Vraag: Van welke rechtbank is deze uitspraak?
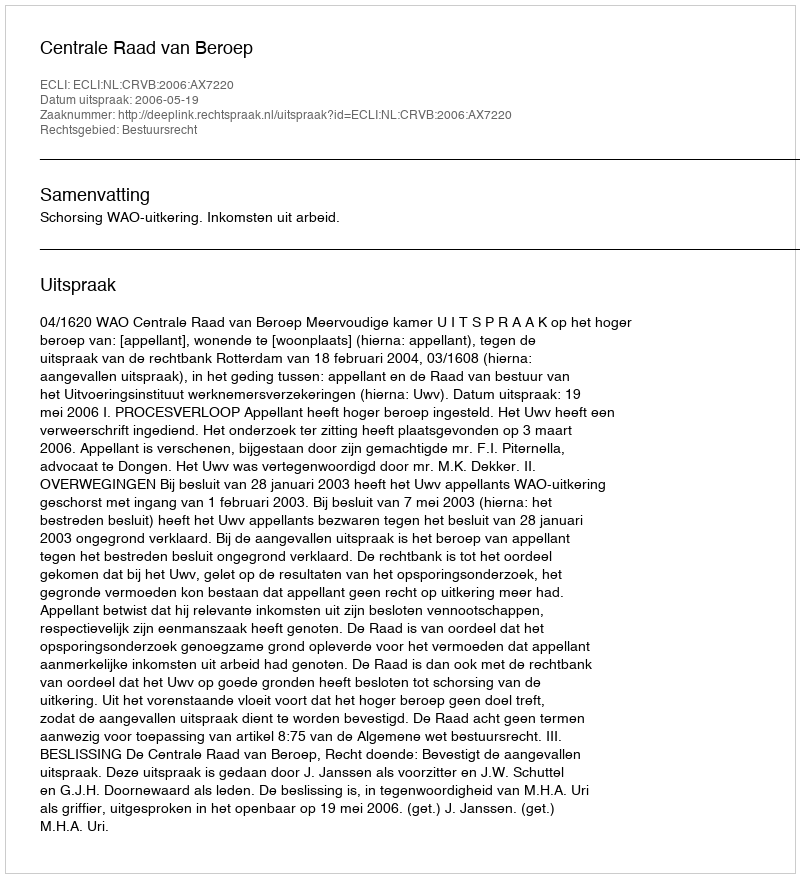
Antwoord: Centrale Raad van Beroep